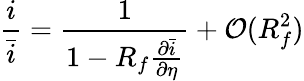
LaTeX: \frac{i}{\bar{i}}=\frac{1}{1-R_{f}\frac{\partial\bar{i}}{\partial\eta}}+\mathcal{O}(R_{f}^{2})